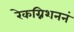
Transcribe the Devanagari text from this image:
रेकग्निशननं